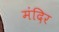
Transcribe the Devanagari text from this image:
मंंदिर